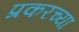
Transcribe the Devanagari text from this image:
प्रकरच्या